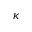
\kappa